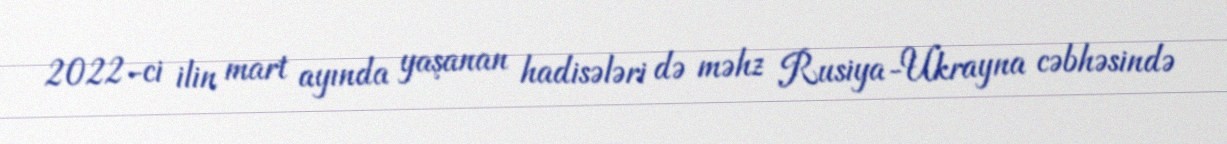
2022-ci ilin mart ayında yaşanan hadisələri də məhz Rusiya-Ukrayna cəbhəsində